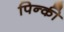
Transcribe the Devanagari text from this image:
पिन्की